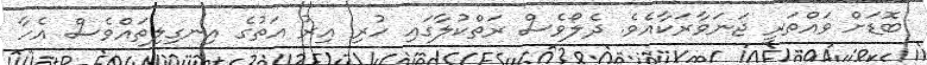
ބޮޑަށް ވައްތަރީ ޖަނަވާރަކާއެވެ. ދެލޯވެސް ރަތްކުލާގައި ހުރި އިރު އަތުގެ އިނގިލިތައްވެސް އެހާ